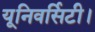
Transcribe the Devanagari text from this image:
यूनिवर्सिटी।